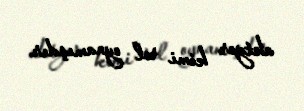
aktyor kimi rol oynamışdır.